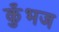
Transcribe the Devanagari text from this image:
कुँभज